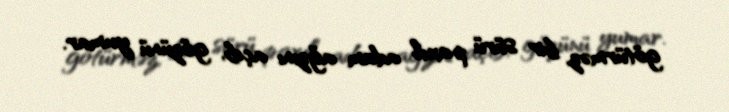
götürməz, bir sürü paxıl adam ağzını açıb, gözünü yumar.